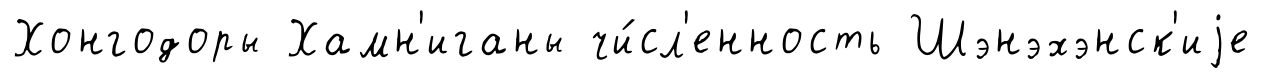
Хонгодоры Хамн'иганы чи́сл'енность Шэнэхэнск'иjе